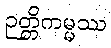
ဉတ္တိကမ္မဿ